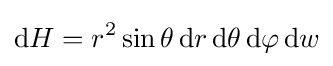
\mathrm {d} H=r^{2}\sin {\theta }\,\mathrm {d} r\,\mathrm {d} \theta \,\mathrm {d} \varphi \,\mathrm {d} w